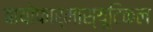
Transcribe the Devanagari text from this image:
बायोफार्मास्यूटिकल